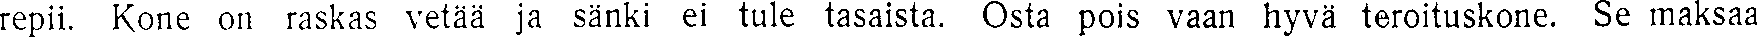
repii. Kone on raskas vetää ja sänki ei tule tasaista. Osta pois vaan hyvä teroituskone. Se maksaa